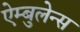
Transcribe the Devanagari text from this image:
ऐम्बुलेन्स